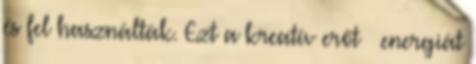
és fel használták. Ezt a kreatív erőt energiát